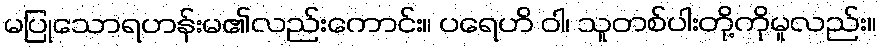
မပြုသောရဟန်းမ၏လည်းကောင်း။ ပရေဟိ ဝါ၊ သူတစ်ပါးတို့ကိုမူလည်း။